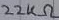
Text: 22KΩ